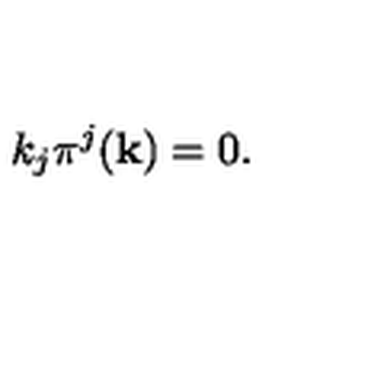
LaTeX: k _ { j } \pi ^ { j } ( { \bf k } ) = 0 .